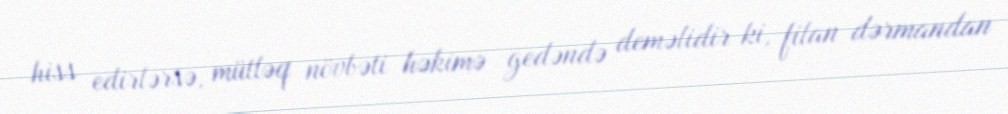
hiss edirlərsə, mütləq növbəti həkimə gedəndə deməlidir ki, filan dərmandan